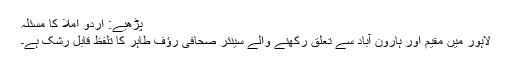
پڑھیے: اردو املا کا مسئلہ
لاہور میں مقیم اور ہارون آباد سے تعلق رکھنے والے سینئر صحافی رؤف طاہر کا تلفظ قابلِ رشک ہے۔